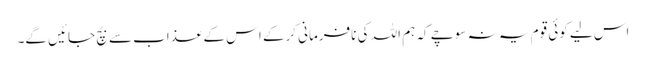
اس لیے کوئی قوم یہ نہ سوچے کہ ہم اللہ کی نافرمانی کرکے اس کے عذاب سے بچ جائیں گے۔